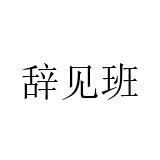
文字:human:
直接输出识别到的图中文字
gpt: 辞见班